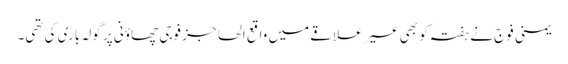
یمنی فوج نے ہفتہ کو بھی عسیر علاقے میں واقع الحاجز فوجی چھاؤنی پر گولہ باری کی تھی۔